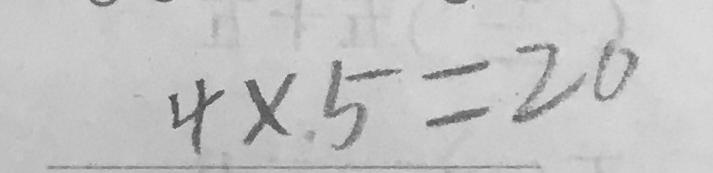
4 \times 5 = 2 0